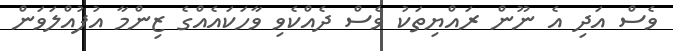
ވެސް އަދި އެ ނޫން ރައްޔިތަކު ވެސް ދެއްކެވި ވާހަކައެއްގެ ޒިންމާ އުފުއްލަވަން